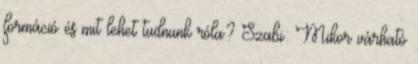
formáció és mit lehet tudnunk róla? Szabi: Mikor várható